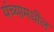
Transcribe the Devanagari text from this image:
यंच्यामधील